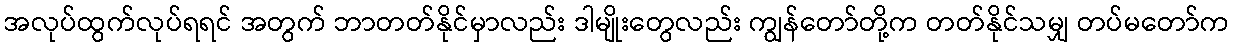
အလုပ်ထွက်လုပ်ရရင် အတွက် ဘာတတ်နိုင်မှာလည်း ဒါမျိုးတွေလည်း ကျွန်တော်တို့က တတ်နိုင်သမျှ တပ်မတော်က